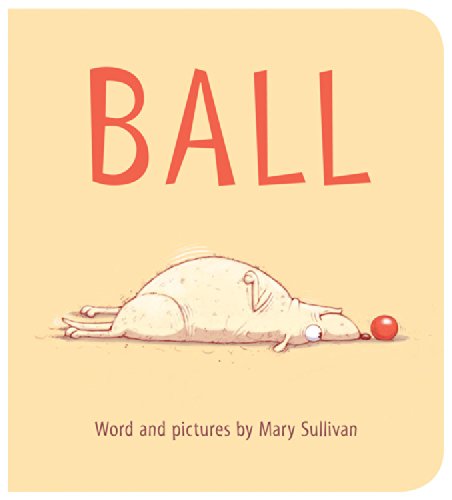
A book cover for Ball; Mary Sullivan; Children's Books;